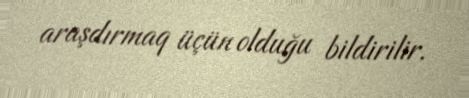
araşdırmaq üçün olduğu bildirilir.